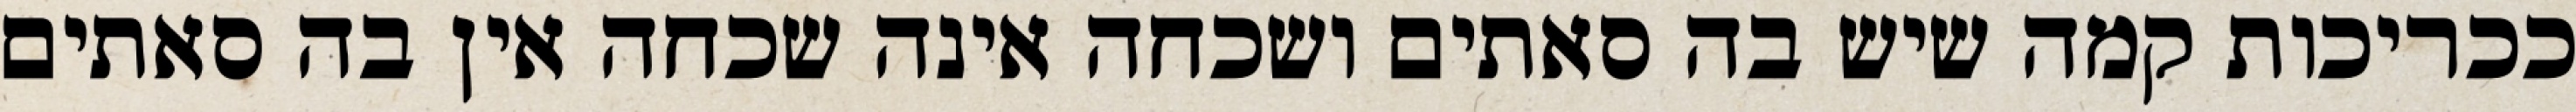
ככריכות קמה שיש בה סאתים ושכחה אינה שכחה אין בה סאתים